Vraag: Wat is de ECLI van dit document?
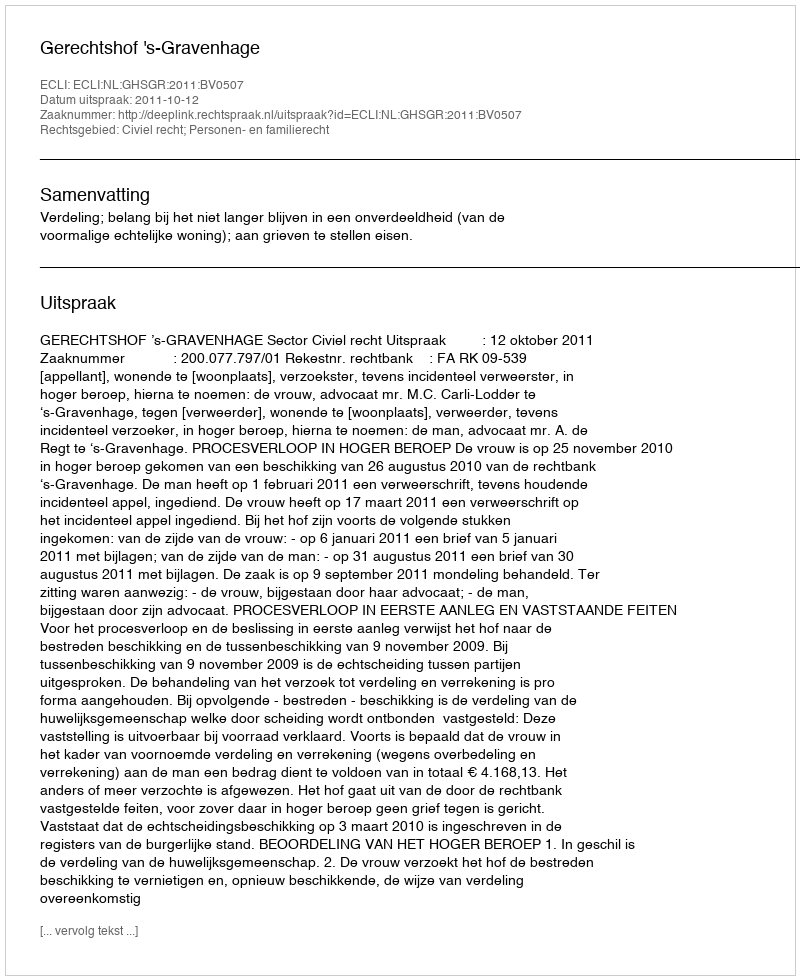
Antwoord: ECLI:NL:GHSGR:2011:BV0507